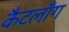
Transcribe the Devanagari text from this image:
कैटलाँग